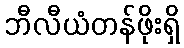
ဘီလီယံတန်ဖိုးရှိ